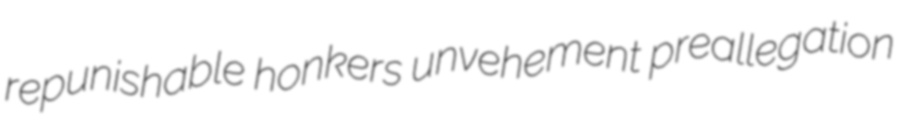
repunishable honkers unvehement preallegation